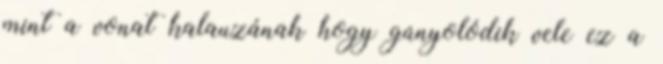
mint a vonat kalauzának hogy gúnyolódik vele ez a